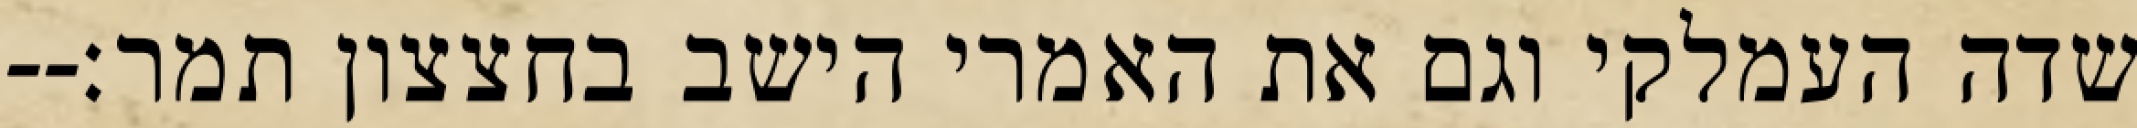
שדה העמלקי וגם את האמרי הישב בחצצון תמר׃--